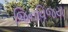
જિનવિજય